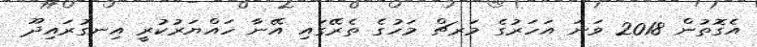
އެގޮތުން 2018 ވަނަ އަހަރުގެ މަރޗް މަހުގެ ތެރޭގައި އޭނާ ހައްޔަރުކުރީ އިނގުރައިދޫ